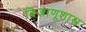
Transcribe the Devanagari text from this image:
विजाणूशास्त्र